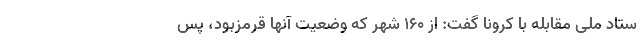
ستاد ملی مقابله با کرونا گفت: از ۱۶۰ شهر که وضعیت آنها قرمزبود، پس